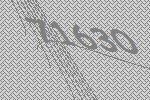
71630